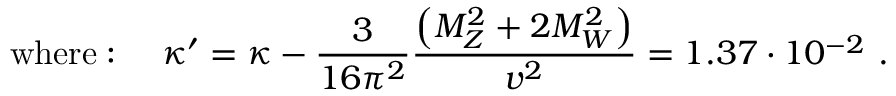
\mathrm { w h e r e : ~ } \quad \kappa ^ { \prime } = \kappa - \frac { 3 } { 1 6 \pi ^ { 2 } } \frac { \left( M _ { Z } ^ { 2 } + 2 M _ { W } ^ { 2 } \right) } { v ^ { 2 } } = 1 . 3 7 \cdot 1 0 ^ { - 2 } \ .